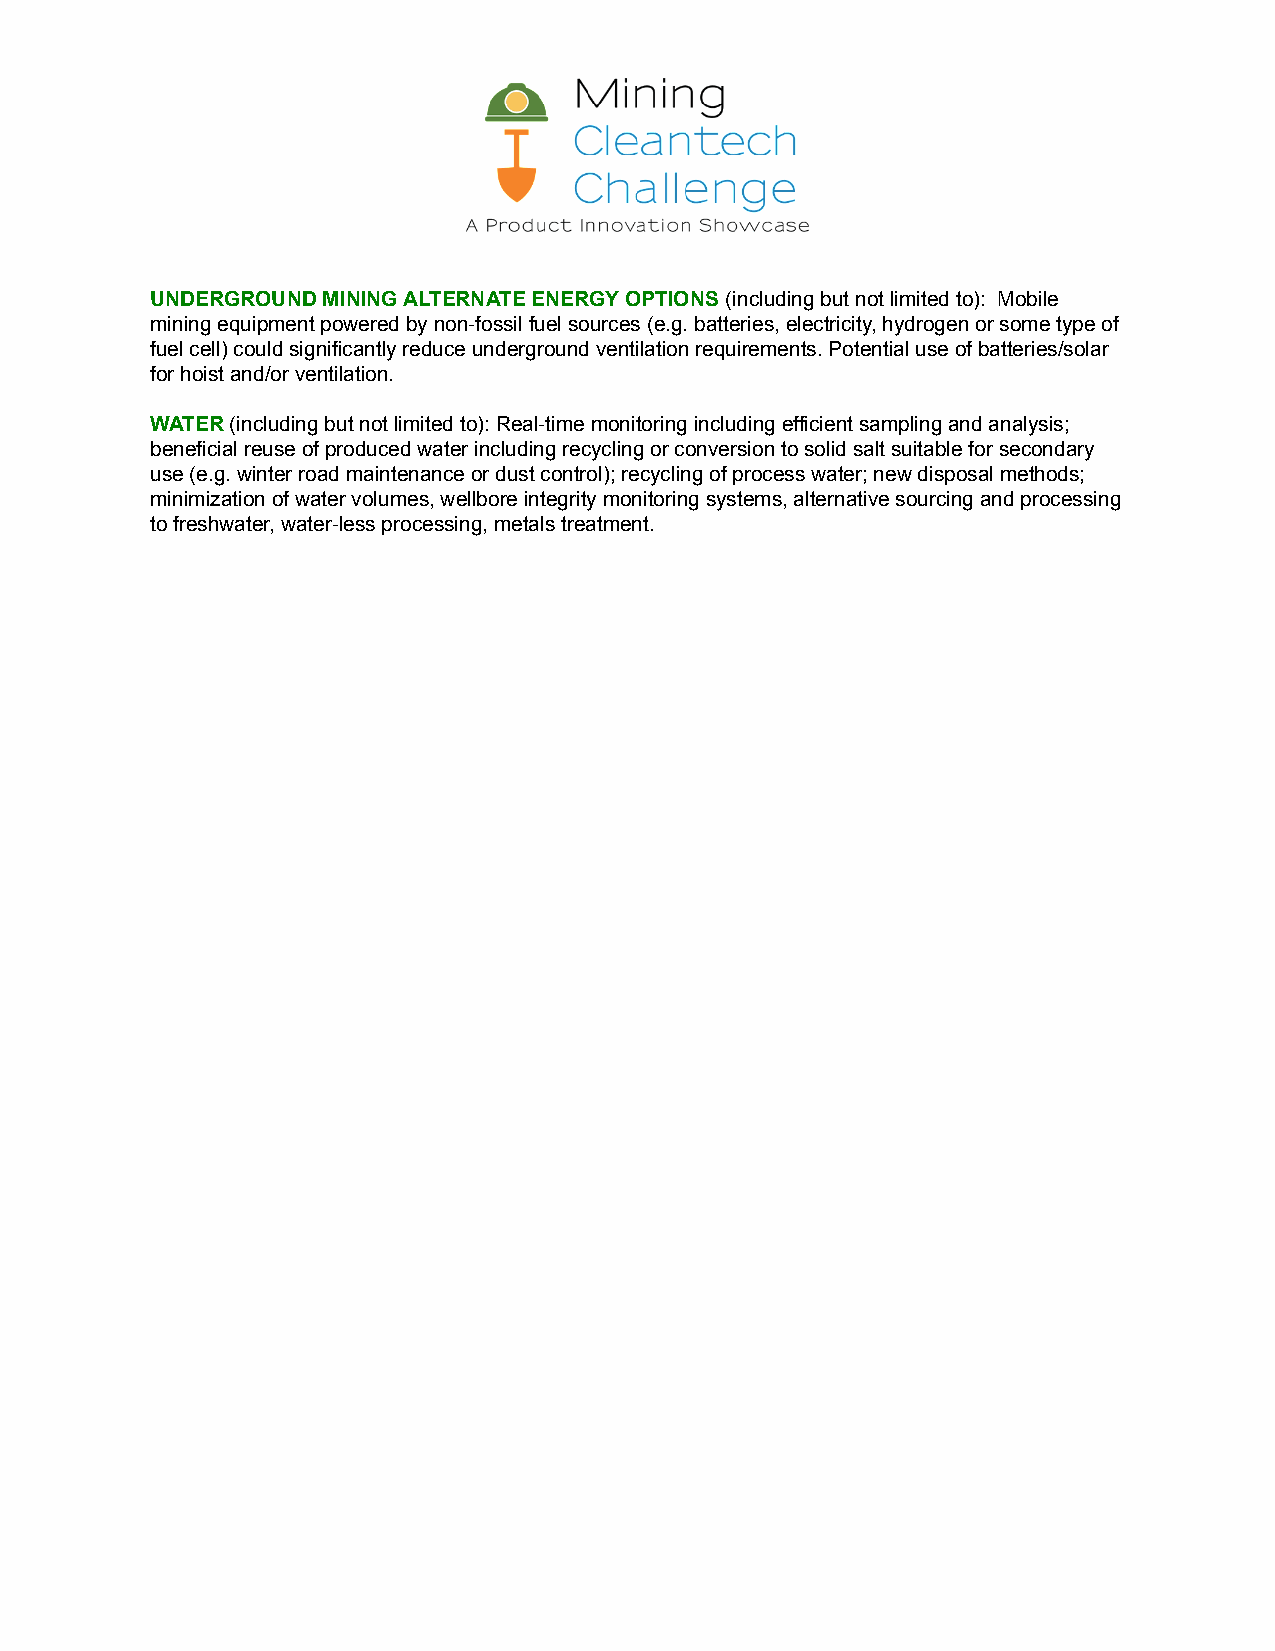
UNDERGROUND MINING ALTERNATE ENERGY OPTIONS (includingbut not limited to): Mobile
 mining equipment powered by non-fossil fuel sources (e.g. batteries, electricity, hydrogen or some type of
 fuel cell) could significantly reduce underground ventilation requirements. Potential use of batteries/solar
 for hoist and/or ventilation.
 WATER (including but not limited to): Real-time monitoringincluding efficient sampling and analysis;
 beneficial reuse of produced water including recycling or conversion to solid salt suitable for secondary
 use (e.g. winter road maintenance or dust control); recycling of process water; new disposal methods;
 minimization of water volumes, wellbore integrity monitoring systems, alternative sourcing and processing
 to freshwater, water-less processing, metals treatment.